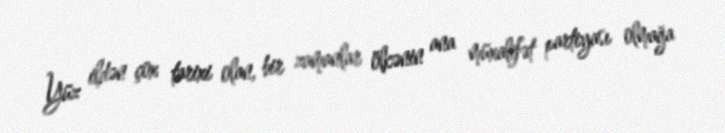
Yüz ildən çox tarixi olan, bir zamanlar ölkənin ana müxalifət partiyası olmağa